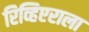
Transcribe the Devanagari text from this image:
रिव्हिएराला